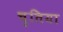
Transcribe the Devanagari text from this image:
चुतिया